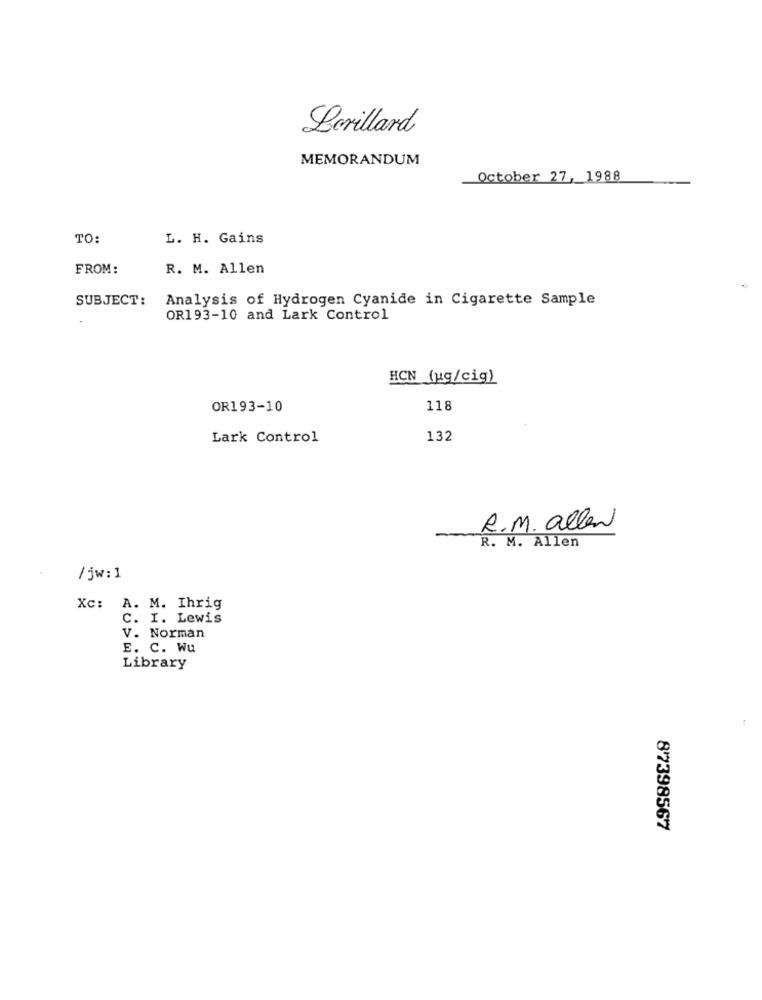
Lorillard
MEMORANDUM
October 27, 1988
TO:
L. H. Gains
FROM:
R. M. Allen
SUBJECT:
Analysis of Hydrogen Cyanide in Cigarette Sample
OR193-10 and Lark Control
HCN (ug/cig)
OR193-10
118
Lark Control
132
R.M. allen
R. M. Allen
/jw:1
Xc: A. M. Ihrig
C. I. Lewis
V. Norman
E. C. Wu
Library
8'7398567